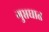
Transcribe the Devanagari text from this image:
गुप्तघात